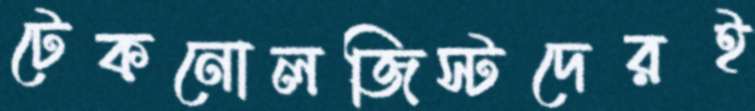
টেকনোলজিস্টদেরই